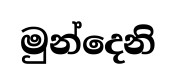
මුන්දෙනි